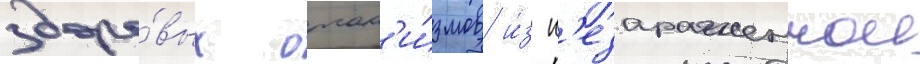
здоро́вых орган'и́змов и́з н'езараженнои